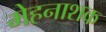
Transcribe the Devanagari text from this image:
मेहनाशक